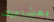
بمشاعرك